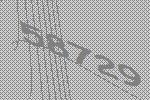
58729